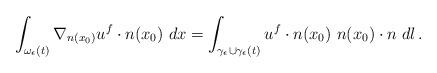
LaTeX: \begin{align*}\int_{\omega_\epsilon(t)} \nabla_{n(x_0)} u^f\cdot n(x_0)\ dx=\int_{\gamma_\epsilon\cup\gamma_\epsilon(t)} u^f\cdot n(x_0)\ n(x_0)\cdot n\ dl\,.\end{align*}